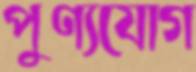
পুণ্যযোগ